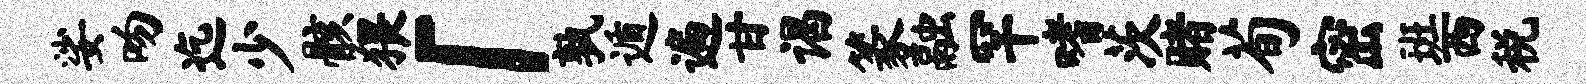
娑吻迄少骸猥「孰遁遍甘谒篆融罕嗜茨赌荀密班西税